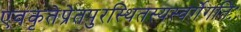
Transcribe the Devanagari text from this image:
एवंकृतेप्रेतपुरस्थितस्यस्वर्गेगतिः